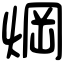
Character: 焵